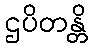
ဌပိတန္တိ